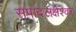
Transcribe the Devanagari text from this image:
सपादलक्षेश्वर